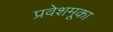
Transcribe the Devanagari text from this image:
प्रवेशमूका